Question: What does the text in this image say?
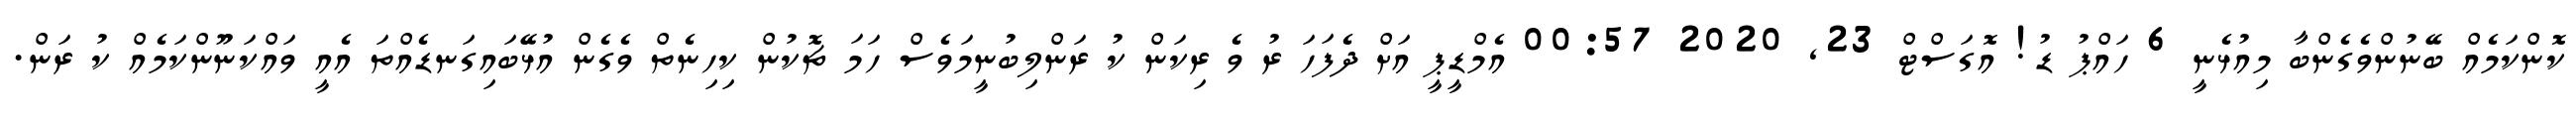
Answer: ކޮންކަމެއް ބޭނުންވެގެންބާ މިއުޅެނީ 6 ހައްޕު ޑު! އޮގަސްޓް 23, 2020 00:57 އެމްޑީޕީ އަށް ދެފަހަ ރު ވެ ރިކަން ކު ރަންލިބުނީމަވެސް ހަމަ ޗޮކުން ކިހިނެތް ވެގެން އުޅޭބައިގަނޑެއްތަ އެއީ ވައްކަނޫންކަމެއް ކު ރަން.